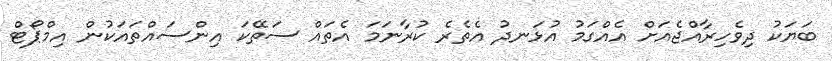
ބަޔަކު ދިވެހިރާއްޖެއަށް އެއްގަމު އުޅަނދު އެތެރެ ކުރާނަމަ އެތައް ސަތޭކަ އިންސައްތައަކުން އިމްޕޯޓް